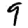
Digit: 9